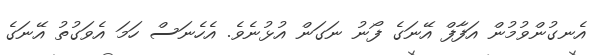
އެނގުންވުމުން އަފާފް އޭނަގެ ފޯނު ނަގަން އުޅުނެވެ. އެހެނަސް ހަމަ އެވަގުތު އޭނަގެ